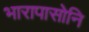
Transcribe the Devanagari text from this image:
भारापासोनि